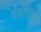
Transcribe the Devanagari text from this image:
बहोरिया